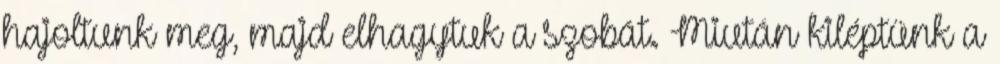
hajoltunk meg, majd elhagytuk a szobát. Miután kiléptünk a